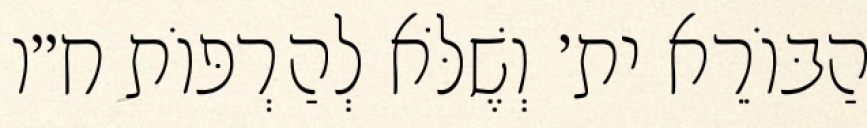
הַבּוֹרֵא ית׳ וְשֶׁלֹּא לְהַרְפּוֹת ח״ו